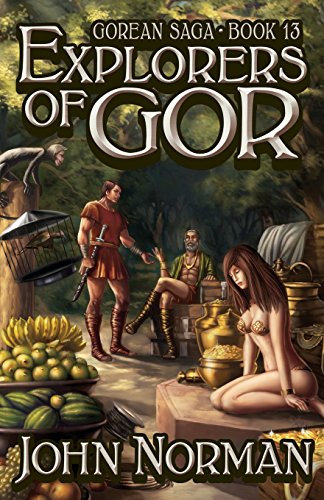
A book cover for Explorers of Gor (Gorean Saga); John Norman; Romance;